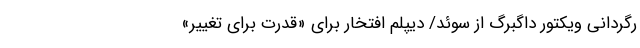
رگردانی ویکتور داگبرگ از سوئد/ دیپلم افتخار برای «قدرت برای تغییر»